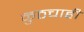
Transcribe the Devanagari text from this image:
कुठचाही